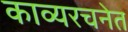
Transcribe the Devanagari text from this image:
काव्यरचनेत